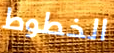
الخطوط